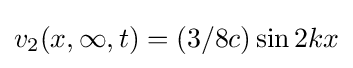
v_{2}(x,\infty ,t)=(3/8c)\sin 2kx